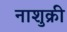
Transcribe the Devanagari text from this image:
नाशुक्री